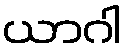
ယာဂါ